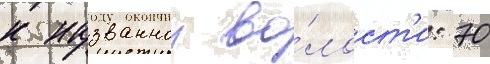
к названнои во́лост'и: 70